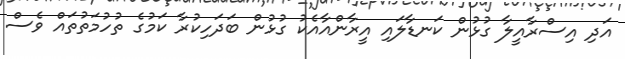
އަދި އިސްރާއީލާ ގުޅުން ކަނޑާލައި އީރާންއާއެކު ގުޅުން ބަދަހިކުރާ ކަމުގެ ތުހުމަތުތައް ވެސް